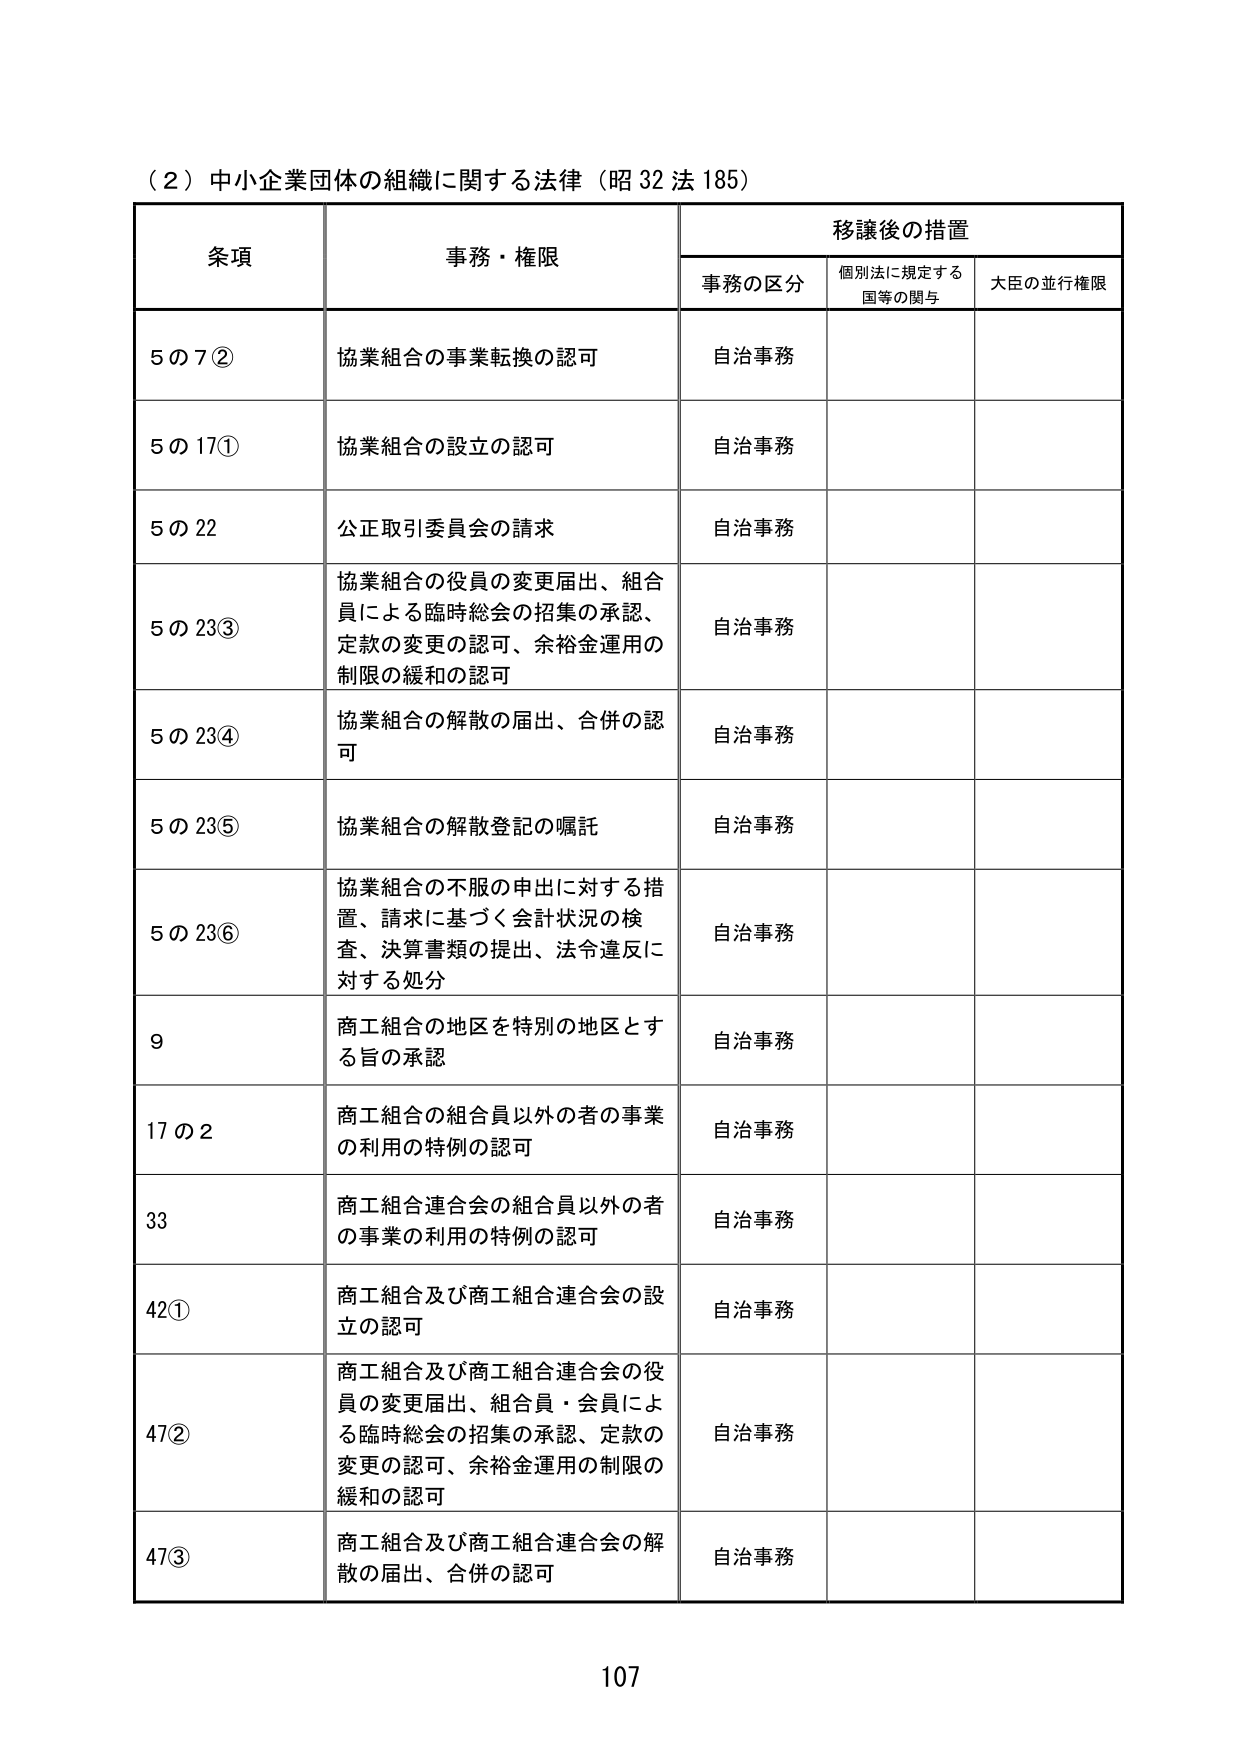
（2）中小企業団体の組織に関する法律（昭32法185）

条項  事務・権限  移譲後の措置
　　　　　　　　　　事務の区分　個別法に規定する国等の関与　大臣の並行権限

5の7②　協業組合の事業転換の認可　自治事務

5の17①　協業組合の設立の認可　自治事務

5の22　公正取引委員会の請求　自治事務

5の23③　協業組合の役員の変更届出、組合員による臨時総会の招集の承認、定款の変更の認可、余裕金運用の制限の緩和の認可　自治事務

5の23④　協業組合の解散の届出、合併の認可　自治事務

5の23⑤　協業組合の解散登記の嘱託　自治事務

5の23⑥　協業組合の不服の申出に対する措置、請求に基づく会計状況の検査、決算書類の提出、法令違反に対する処分　自治事務

9　商工組合の地区を特別の地区とする旨の承認　自治事務

17の2　商工組合の組合員以外の者の事業の利用の特例の認可　自治事務

33　商工組合連合会の組合員以外の者の事業の利用の特例の認可　自治事務

42①　商工組合及び商工組合連合会の設立の認可　自治事務

47②　商工組合及び商工組合連合会の役員の変更届出、組合員・会員による臨時総会の招集の承認、定款の変更の認可、余裕金運用の制限の緩和の認可　自治事務

47③　商工組合及び商工組合連合会の解散の届出、合併の認可　自治事務

107